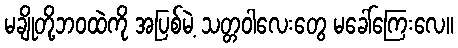
မချိုတို့ဘဝထဲကို အပြစ်မဲ့ သတ္တဝါလေးတွေ မခေါ်ကြေးလေ။